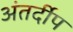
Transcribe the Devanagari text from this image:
अंतर्दीप